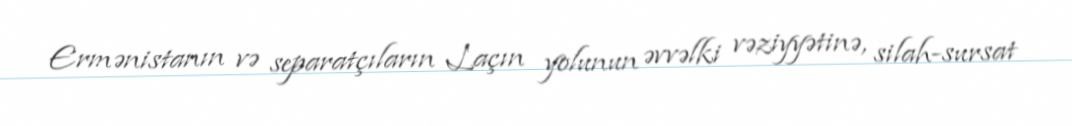
Ermənistanın və separatçıların Laçın yolunun əvvəlki vəziyyətinə, silah-sursat